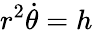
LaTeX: r^{2}{\dot{\theta}}=h